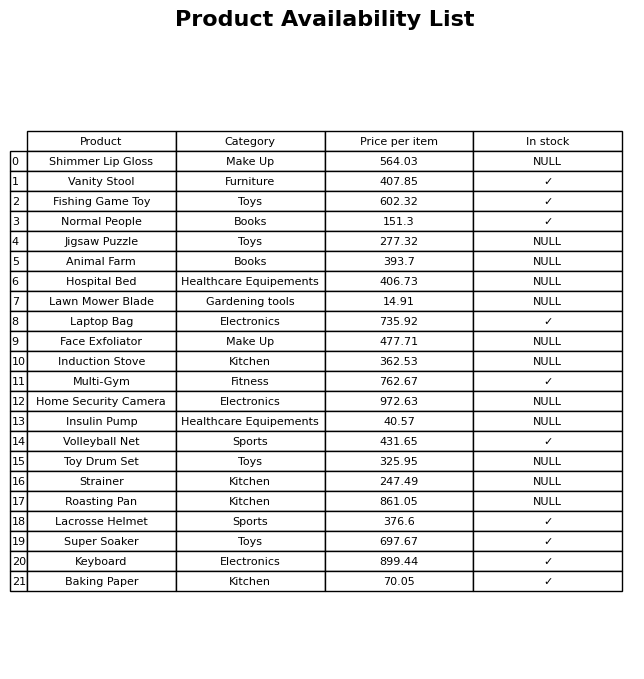
question: What is the price of the Induction Stove?
answer: The price of Induction Stove is 362.53.